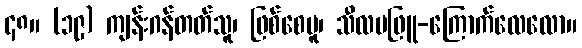
၄၈။ (၁၉) ကျန်းဂန်တတ်သူ၊ ဖြစ်စေမူ၊ သီလမဖြူ-ကြောက်လေလော။